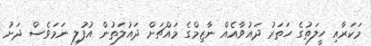
މަކަރާއި ހީލަތުގެ ހަތަރު ދައުވާއެއް ނާޒިމްގެ މައްޗަށް ދައުލަތުން އުފުލި ނަމަވެސް ދަށު